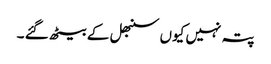
پتہ نہیں کیوں سنبھل کے بیٹھ گئے ۔